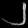
Digit: ၂